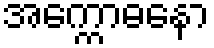
အက္ကောဓနော